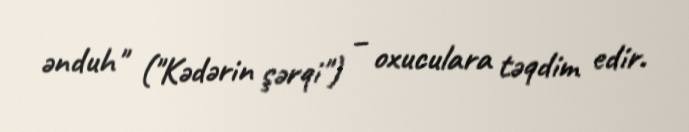
ənduh" ("Kədərin şərqi") – oxuculara təqdim edir.